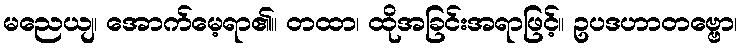
မညေယျ၊ အောက်မေ့ရာ၏။ တထာ၊ ထိုအခြင်းအရာဖြင့်။ ဥပဒဟာတဗ္ဗော၊